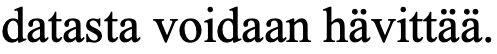
datasta voidaan hävittää.